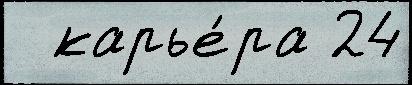
  карье́ра 24